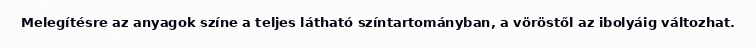
Melegítésre az anyagok színe a teljes látható színtartományban, a vöröstől az ibolyáig változhat.